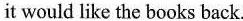
it would like the books back.